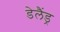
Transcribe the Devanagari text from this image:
डेलैंड्र